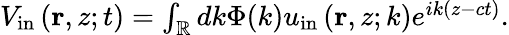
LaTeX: \begin{array}{r}{V_{\mathrm{in}}\left(\mathbf{r},z;t\right)=\int_{\mathbb{R}}dk\Phi(k)u_{\mathrm{in}}\left(\mathbf{r},z;k\right)e^{ik(z-ct)}.}\end{array}